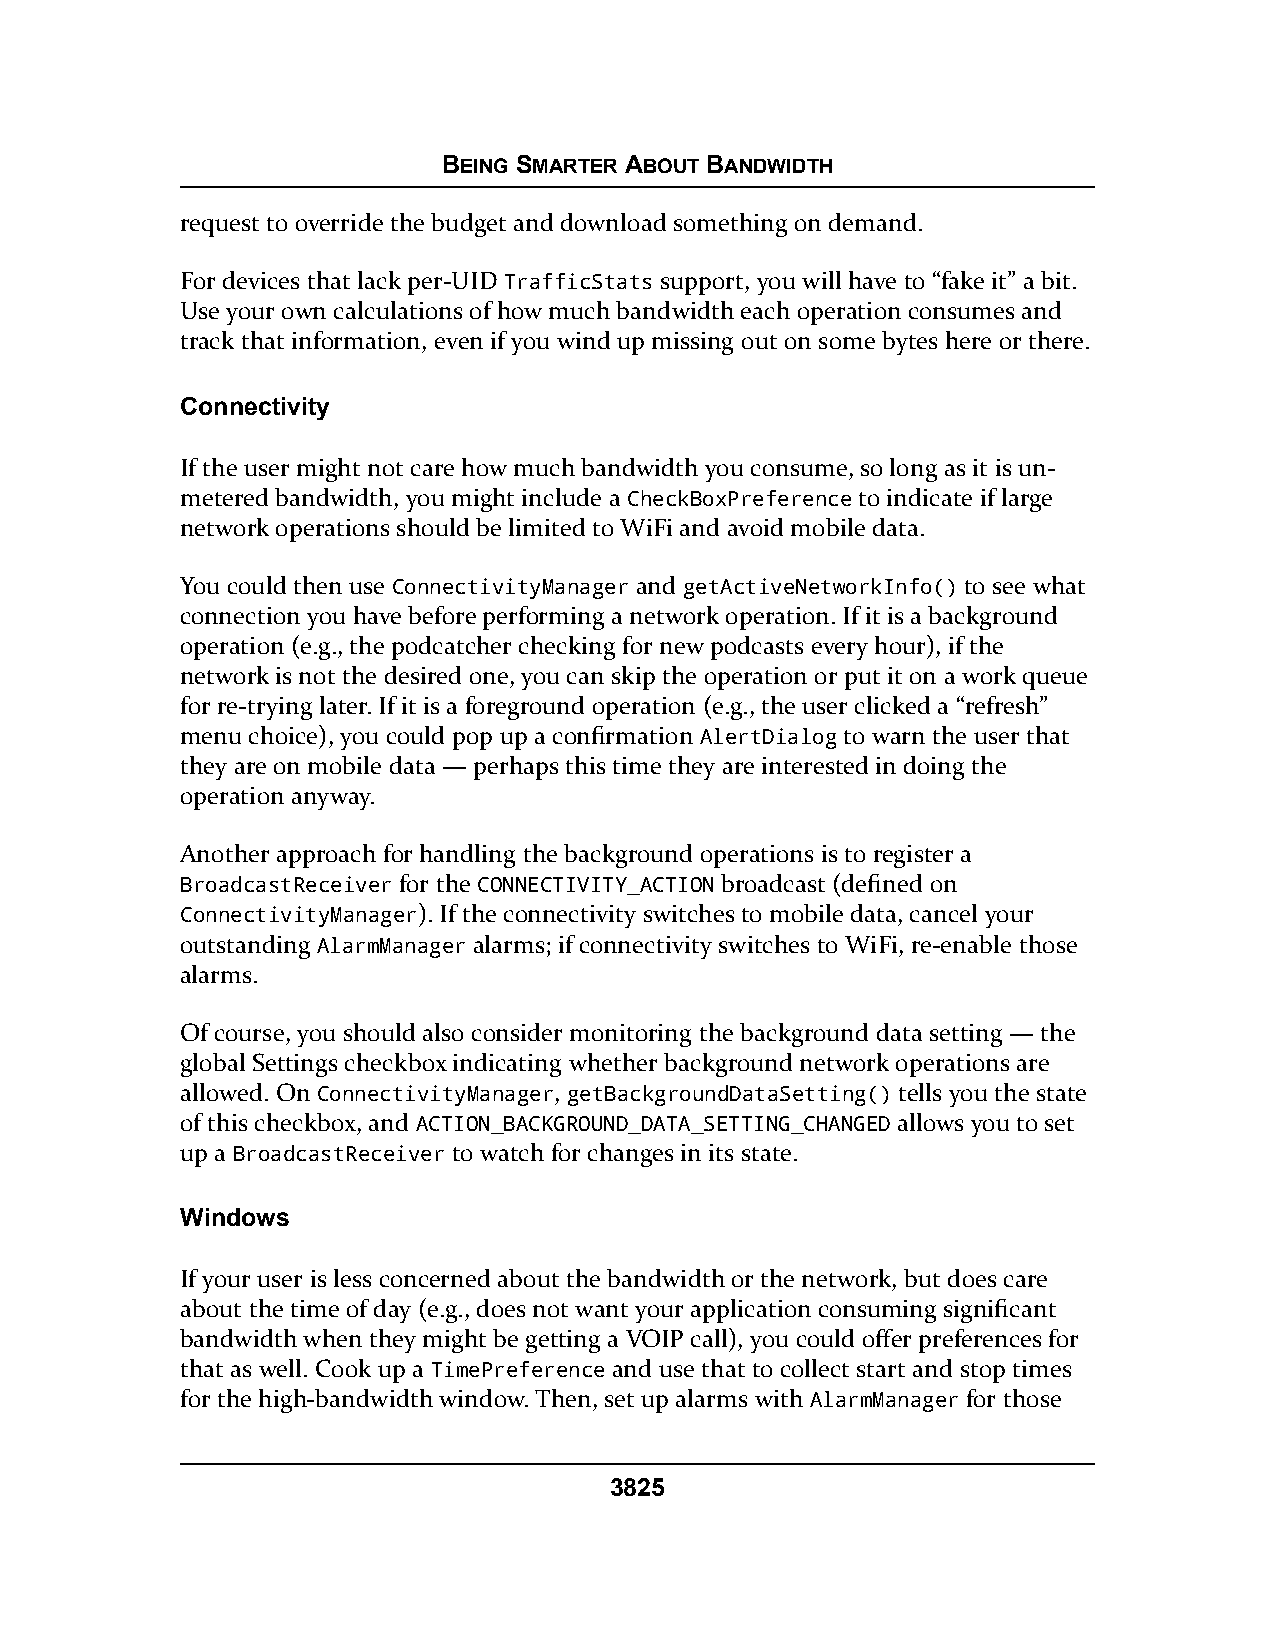
BEING SMARTER ABOUT BANDWIDTH
 request to override the budget and download something on demand.
 For devices that lack per-UID TrafficStats support, you will have to “fake it” a bit.
 Use your own calculations of how much bandwidth each operation consumes and
 track that information, even if you wind up missing out on some bytes here or there.
 Connectivity
 If the user might not care how much bandwidth you consume, so long as it is un-
 metered bandwidth, you might include a CheckBoxPreference to indicate if large
 network operations should be limited to WiFi and avoid mobile data.
 You could then use ConnectivityManager and getActiveNetworkInfo() to see what
 connection you have before performing a network operation. If it is a background
 operation (e.g., the podcatcher checking for new podcasts every hour), if the
 network is not the desired one, you can skip the operation or put it on a work queue
 for re-trying later. If it is a foreground operation (e.g., the user clicked a “refresh”
 menu choice), you could pop up a confirmation AlertDialog to warn the user that
 they are on mobile data — perhaps this time they are interested in doing the
 operation anyway.
 Another approach for handling the background operations is to register a
 BroadcastReceiver for the CONNECTIVITY_ACTION broadcast (defined on
 ConnectivityManager). If the connectivity switches to mobile data, cancel your
 outstanding AlarmManager alarms; if connectivity switches to WiFi, re-enable those
 alarms.
 Of course, you should also consider monitoring the background data setting — the
 global Settings checkbox indicating whether background network operations are
 allowed. On ConnectivityManager, getBackgroundDataSetting() tells you the state
 of this checkbox, and ACTION_BACKGROUND_DATA_SETTING_CHANGED allows you to set
 up a BroadcastReceiver to watch for changes in its state.
 Windows
 If your user is less concerned about the bandwidth or the network, but does care
 about the time of day (e.g., does not want your application consuming significant
 bandwidth when they might be getting a VOIP call), you could offer preferences for
 that as well. Cook up a TimePreference and use that to collect start and stop times
 for the high-bandwidth window. Then, set up alarms with AlarmManager for those
 3825